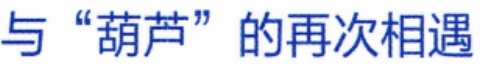
与“葫芦”的再次相遇